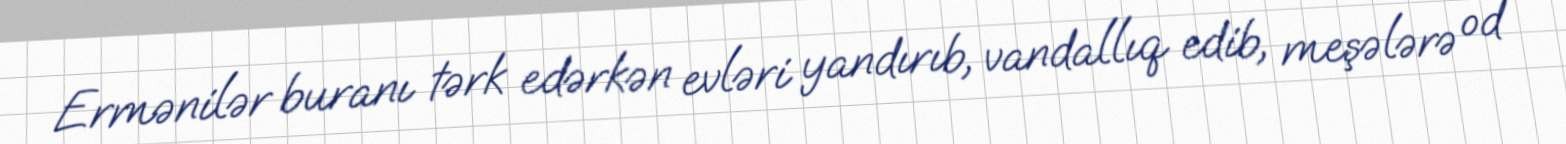
Ermənilər buranı tərk edərkən evləri yandırıb, vandallıq edib, meşələrə od